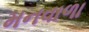
મનવાળા